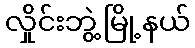
လှိုင်းဘွဲ့မြို့နယ်